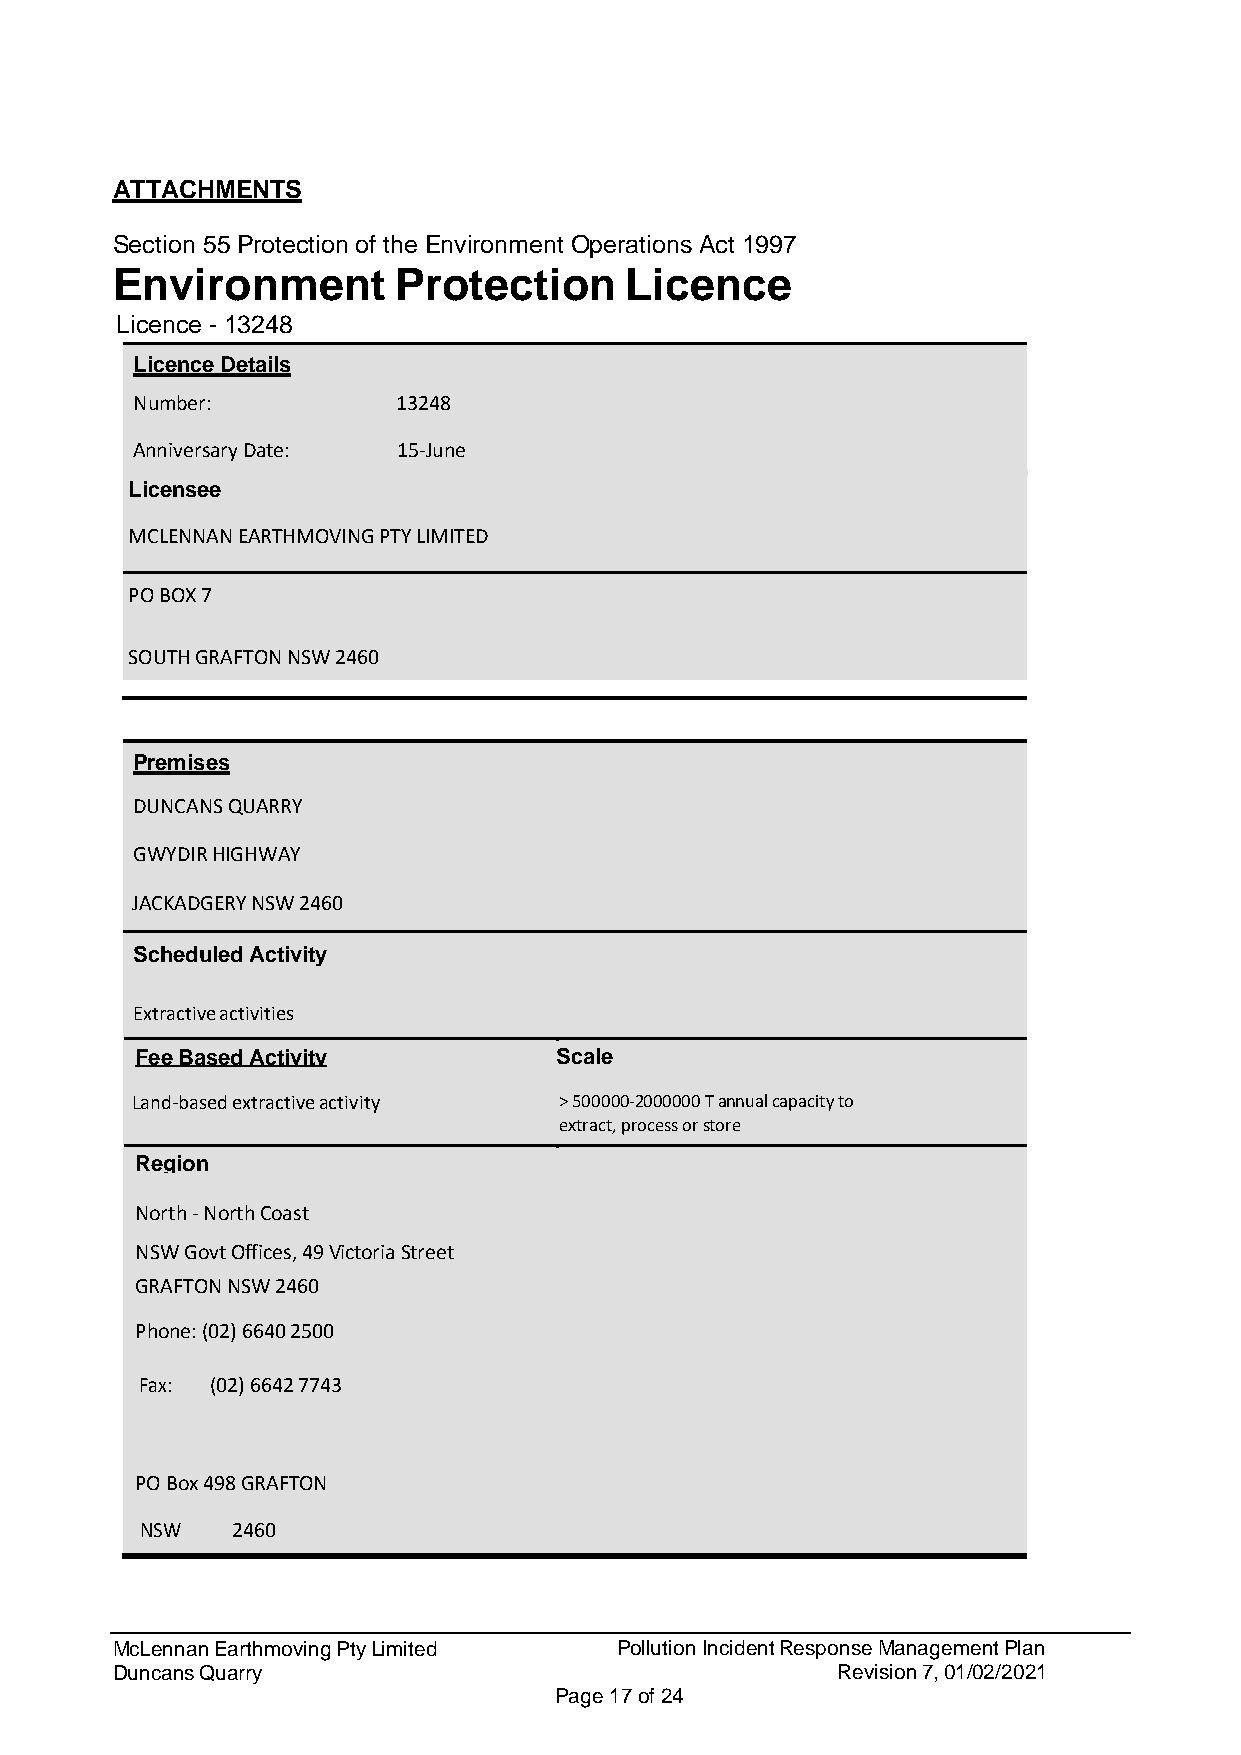
ATTACHMENTS
 Section 55 Protection of the Environment Operations Act 1997
 Environment        Protection     Licence
 Licence - 13248
 Licence Details
 Number:          13248
 Anniversary Date: 15-June
 Licensee
 MCLENNAN EARTHMOVING PTY LIMITED
 PO BOX 7
 SOUTH GRAFTON NSW 2460
 Premises
 DUNCANS QUARRY
 GWYDIR HIGHWAY
 JACKADGERY NSW 2460
 Scheduled Activity
 Extractive activities
 Fee Based Activity          Scale
 Land-based extractive activity > 500000-2000000 T annual capacity to
 extract, process or store
 Region
 North - North Coast
 NSW Govt Offices, 49 Victoria Street
 GRAFTON NSW 2460
 Phone: (02) 6640 2500
 Fax: (02) 6642 7743
 PO Box 498 GRAFTON
 NSW   2460
 McLennan Earthmoving Pty Limited  Pollution Incident Response Management Plan
 Duncans Quarry                                  Revision 7, 01/02/2021
 Page 17 of 24